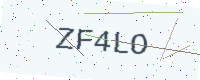
Text: ZF4LO